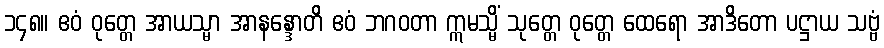
၁၄၈။ ဧဝံ ဝုတ္တေ အာယသ္မာ အာနန္ဒောတိ ဧဝံ ဘဂဝတာ ဣမသ္မိံ သုတ္တေ ဝုတ္တေ ထေရော အာဒိတော ပဋ္ဌာယ သဗ္ဗံ